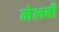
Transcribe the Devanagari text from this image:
मेलबी